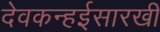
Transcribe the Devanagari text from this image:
देवकन्हईसारखी